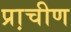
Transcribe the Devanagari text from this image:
प्रा़चीण